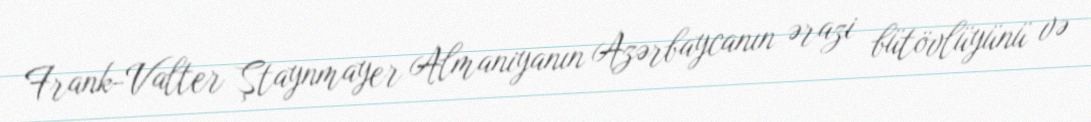
Frank-Valter Ştaynmayer Almaniyanın Azərbaycanın ərazi bütövlüyünü və